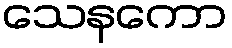
သေနကော